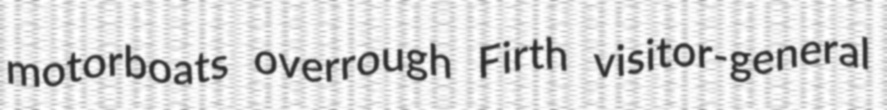
motorboats overrough Firth visitor-general